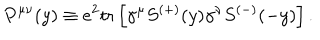
P ^ { \mu \nu } ( y ) \equiv e ^ { 2 } \mathrm { t r } \left[ \gamma ^ { \mu } S ^ { ( + ) } ( y ) \gamma ^ { \nu } S ^ { ( - ) } ( - y ) \right] .